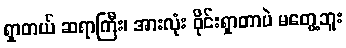
ရှာတယ် ဆရာကြီး၊ အားလုံး ဝိုင်းရှာတာပဲ မတွေ့ဘူး